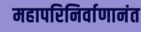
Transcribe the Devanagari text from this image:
महापरिनिर्वाणानंत